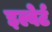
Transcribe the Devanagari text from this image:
इल्बेर्ट